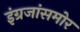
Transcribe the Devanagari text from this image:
इंग्रजांसमोर